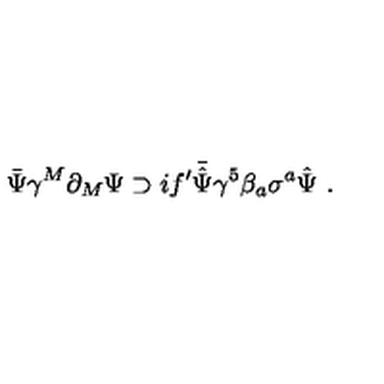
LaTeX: \bar { \Psi } \gamma ^ { M } \partial _ { M } \Psi \supset i f ^ { \prime } \bar { \hat { \Psi } } \gamma ^ { 5 } \beta _ { a } \sigma ^ { a } \hat { \Psi } \ .